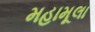
મહામૂલા